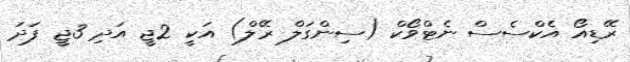
ރޭޑިއޯ އެކްސެސް ނެޓްވޯކް (ސިންގަލް ރޭލް) އަކީ 2ޖީ އަދި 3ޖީ ފަދަ